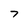
Character: 7